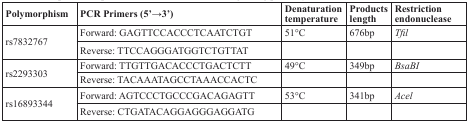
| Polymorphism | PCR Primers (5′→3′) | Denaturation temperature | Products length | Restriction endonuclease |
 | --- | --- | --- | --- | --- |
 | <ROWSPAN=2> rs7832767 | Forward: GAGTTCCACCCTCAATCTGT | 51°C | 676bp | Tfil |
 | Reverse: TTCCAGGGATGGTCTGTTAT |  |  |  |
 | <ROWSPAN=2> rs2293303 | Forward: TTGTTGACACCCTGACTCTT | 49°C | 349bp | BsaBI |
 | Reverse: TACAAATAGCCTAAACCACTC |  |  |  |
 | <ROWSPAN=2> rs16893344 | Forward: AGTCCCTGCCCGACAGAGTT | 53°C | 341bp | Acel |
 | Reverse: CTGATACAGGAGGGAGGATG |  |  |  |